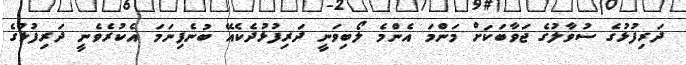
ދަރިފުޅުގެ ސުވާލުގެ ޖަވާބަކަށް މަންމަ އެންމެ ލޯބިވަނީ ދަރިފުޅުދެކެއޭ ބުނެފިނަމަ އެކުރެވެނީ ދަރިފުޅުގެ